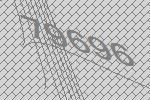
79696